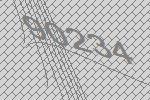
90234